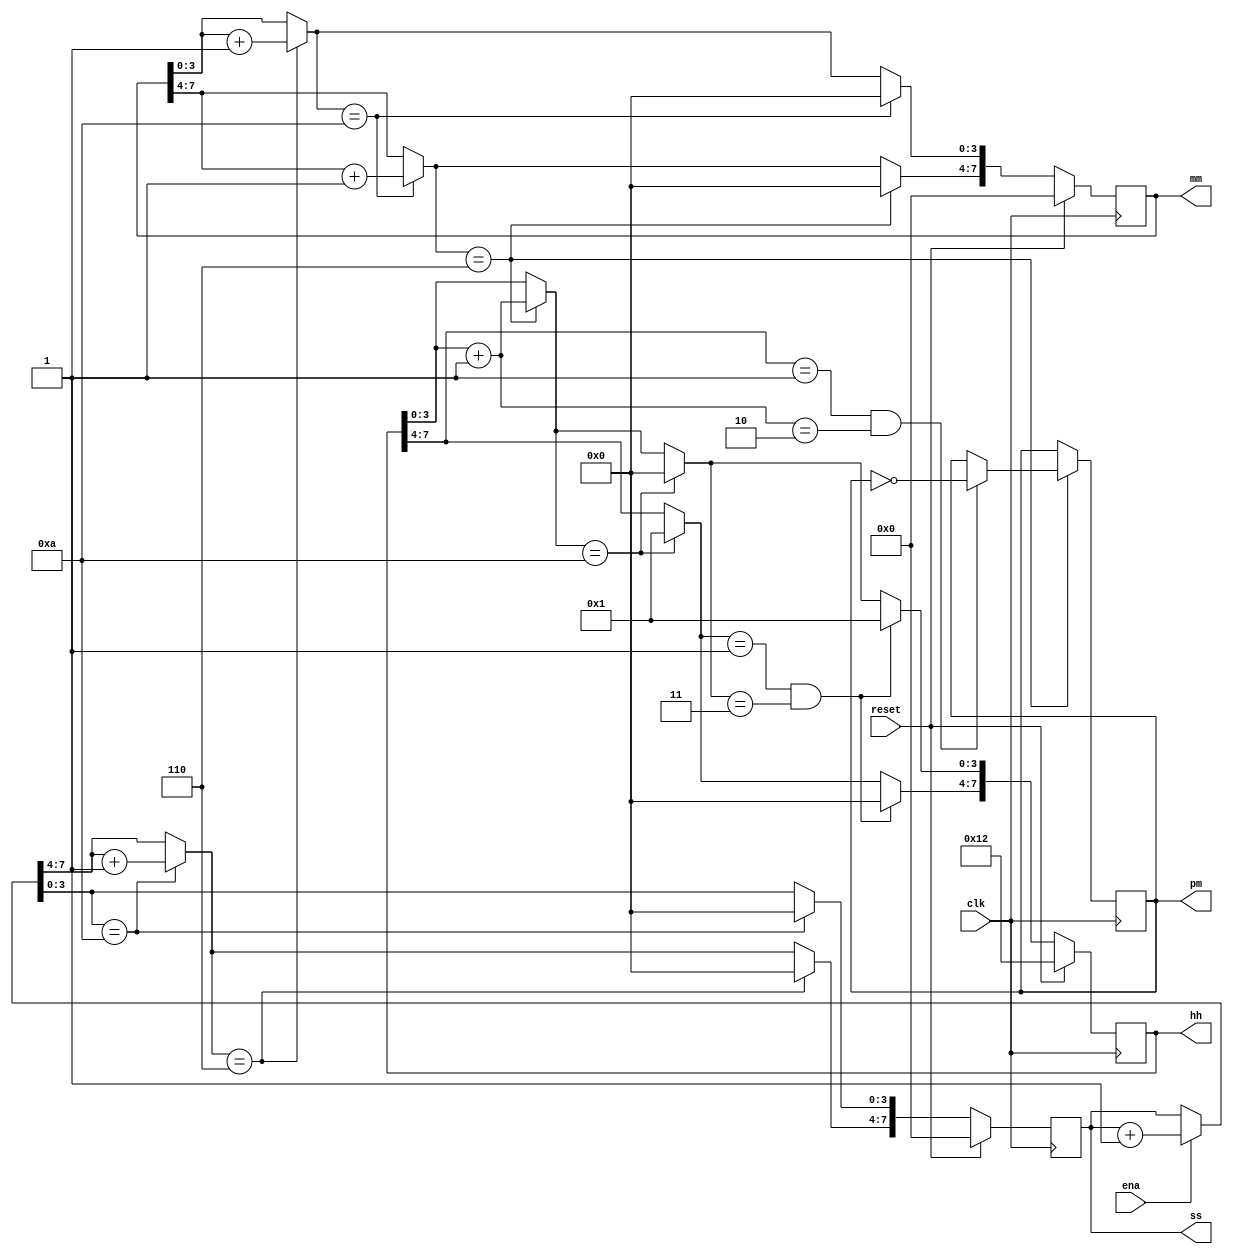
module top_module(
    input clk,
    input reset,
    input ena,
    output pm,
    output [7:0] hh,
    output [7:0] mm,
    output [7:0] ss); 

    
        always @(posedge clk) begin
            if(ena)
            	ss = ss + 1;
            if (ss[3:0] == 10) begin
                ss[3:0] = 0;
                ss[7:4] = ss[7:4] + 1;
            end
            if (ss[7:4] == 6) begin
                ss[7:4] = 0;
                mm[3:0] = mm + 1;
            end
            if(mm[3:0] == 10) begin
                mm[3:0] = 0;
                mm[7:4] = mm[7:4] + 1;
            end
            if(mm[7:4] == 6) begin
                mm[7:4] = 0;
                hh[3:0] = hh + 1;
                if ((hh[7:4] == 1) & (hh[3:0] == 2))
                    pm = ~pm;
            end
            if(hh[3:0] == 10) begin
                hh[3:0] = 0;
                hh[7:4] = 1;
            end

            if ((hh[7:4] == 1) & (hh[3:0] == 3)) begin
                hh[3:0] = 1;
                hh[7:4] = 0;
            end

            if(reset) begin
                ss = 0;
                mm = 0;
                hh = 8'h12; // this needs fix, using the lower bytes
            end
   		end            
    
endmodule